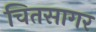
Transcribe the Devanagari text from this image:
चितसागर